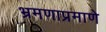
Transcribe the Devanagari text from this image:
भ्रमणाप्रमाणे